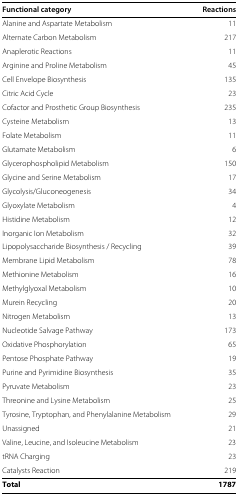
<table><thead><tr><td><b>Functional category</b></td><td><b>Reactions</b></td></tr></thead><tbody><tr><td>Alanine and Aspartate Metabolism</td><td>11</td></tr><tr><td>Alternate Carbon Metabolism</td><td>217</td></tr><tr><td>Anaplerotic Reactions</td><td>11</td></tr><tr><td>Arginine and Proline Metabolism</td><td>45</td></tr><tr><td>Cell Envelope Biosynthesis</td><td>135</td></tr><tr><td>Citric Acid Cycle</td><td>23</td></tr><tr><td>Cofactor and Prosthetic Group Biosynthesis</td><td>235</td></tr><tr><td>Cysteine Metabolism</td><td>13</td></tr><tr><td>Folate Metabolism</td><td>11</td></tr><tr><td>Glutamate Metabolism</td><td>6</td></tr><tr><td>Glycerophospholipid Metabolism</td><td>150</td></tr><tr><td>Glycine and Serine Metabolism</td><td>17</td></tr><tr><td>Glycolysis/Gluconeogenesis</td><td>34</td></tr><tr><td>Glyoxylate Metabolism</td><td>4</td></tr><tr><td>Histidine Metabolism</td><td>12</td></tr><tr><td>Inorganic Ion Metabolism</td><td>32</td></tr><tr><td>Lipopolysaccharide Biosynthesis / Recycling</td><td>39</td></tr><tr><td>Membrane Lipid Metabolism</td><td>78</td></tr><tr><td>Methionine Metabolism</td><td>16</td></tr><tr><td>Methylglyoxal Metabolism</td><td>10</td></tr><tr><td>Murein Recycling</td><td>20</td></tr><tr><td>Nitrogen Metabolism</td><td>13</td></tr><tr><td>Nucleotide Salvage Pathway</td><td>173</td></tr><tr><td>Oxidative Phosphorylation</td><td>65</td></tr><tr><td>Pentose Phosphate Pathway</td><td>19</td></tr><tr><td>Purine and Pyrimidine Biosynthesis</td><td>35</td></tr><tr><td>Pyruvate Metabolism</td><td>23</td></tr><tr><td>Threonine and Lysine Metabolism</td><td>25</td></tr><tr><td>Tyrosine, Tryptophan, and Phenylalanine Metabolism</td><td>29</td></tr><tr><td>Unassigned</td><td>21</td></tr><tr><td>Valine, Leucine, and Isoleucine Metabolism</td><td>23</td></tr><tr><td>tRNA Charging</td><td>23</td></tr><tr><td>Catalysts Reaction</td><td>219</td></tr><tr><td><b>Total</b></td><td><b>1787</b></td></tr></tbody></table>